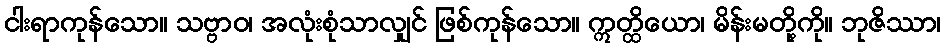
ငါးရာကုန်သော။ သဗ္ဗာဝ၊ အလုံးစုံသာလျှင် ဖြစ်ကုန်သော။ ဣတ္ထိယော၊ မိန်းမတို့ကို။ ဘုဇိဿာ၊